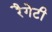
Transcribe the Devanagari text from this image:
रैगेटी